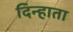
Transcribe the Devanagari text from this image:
दिन्हाता